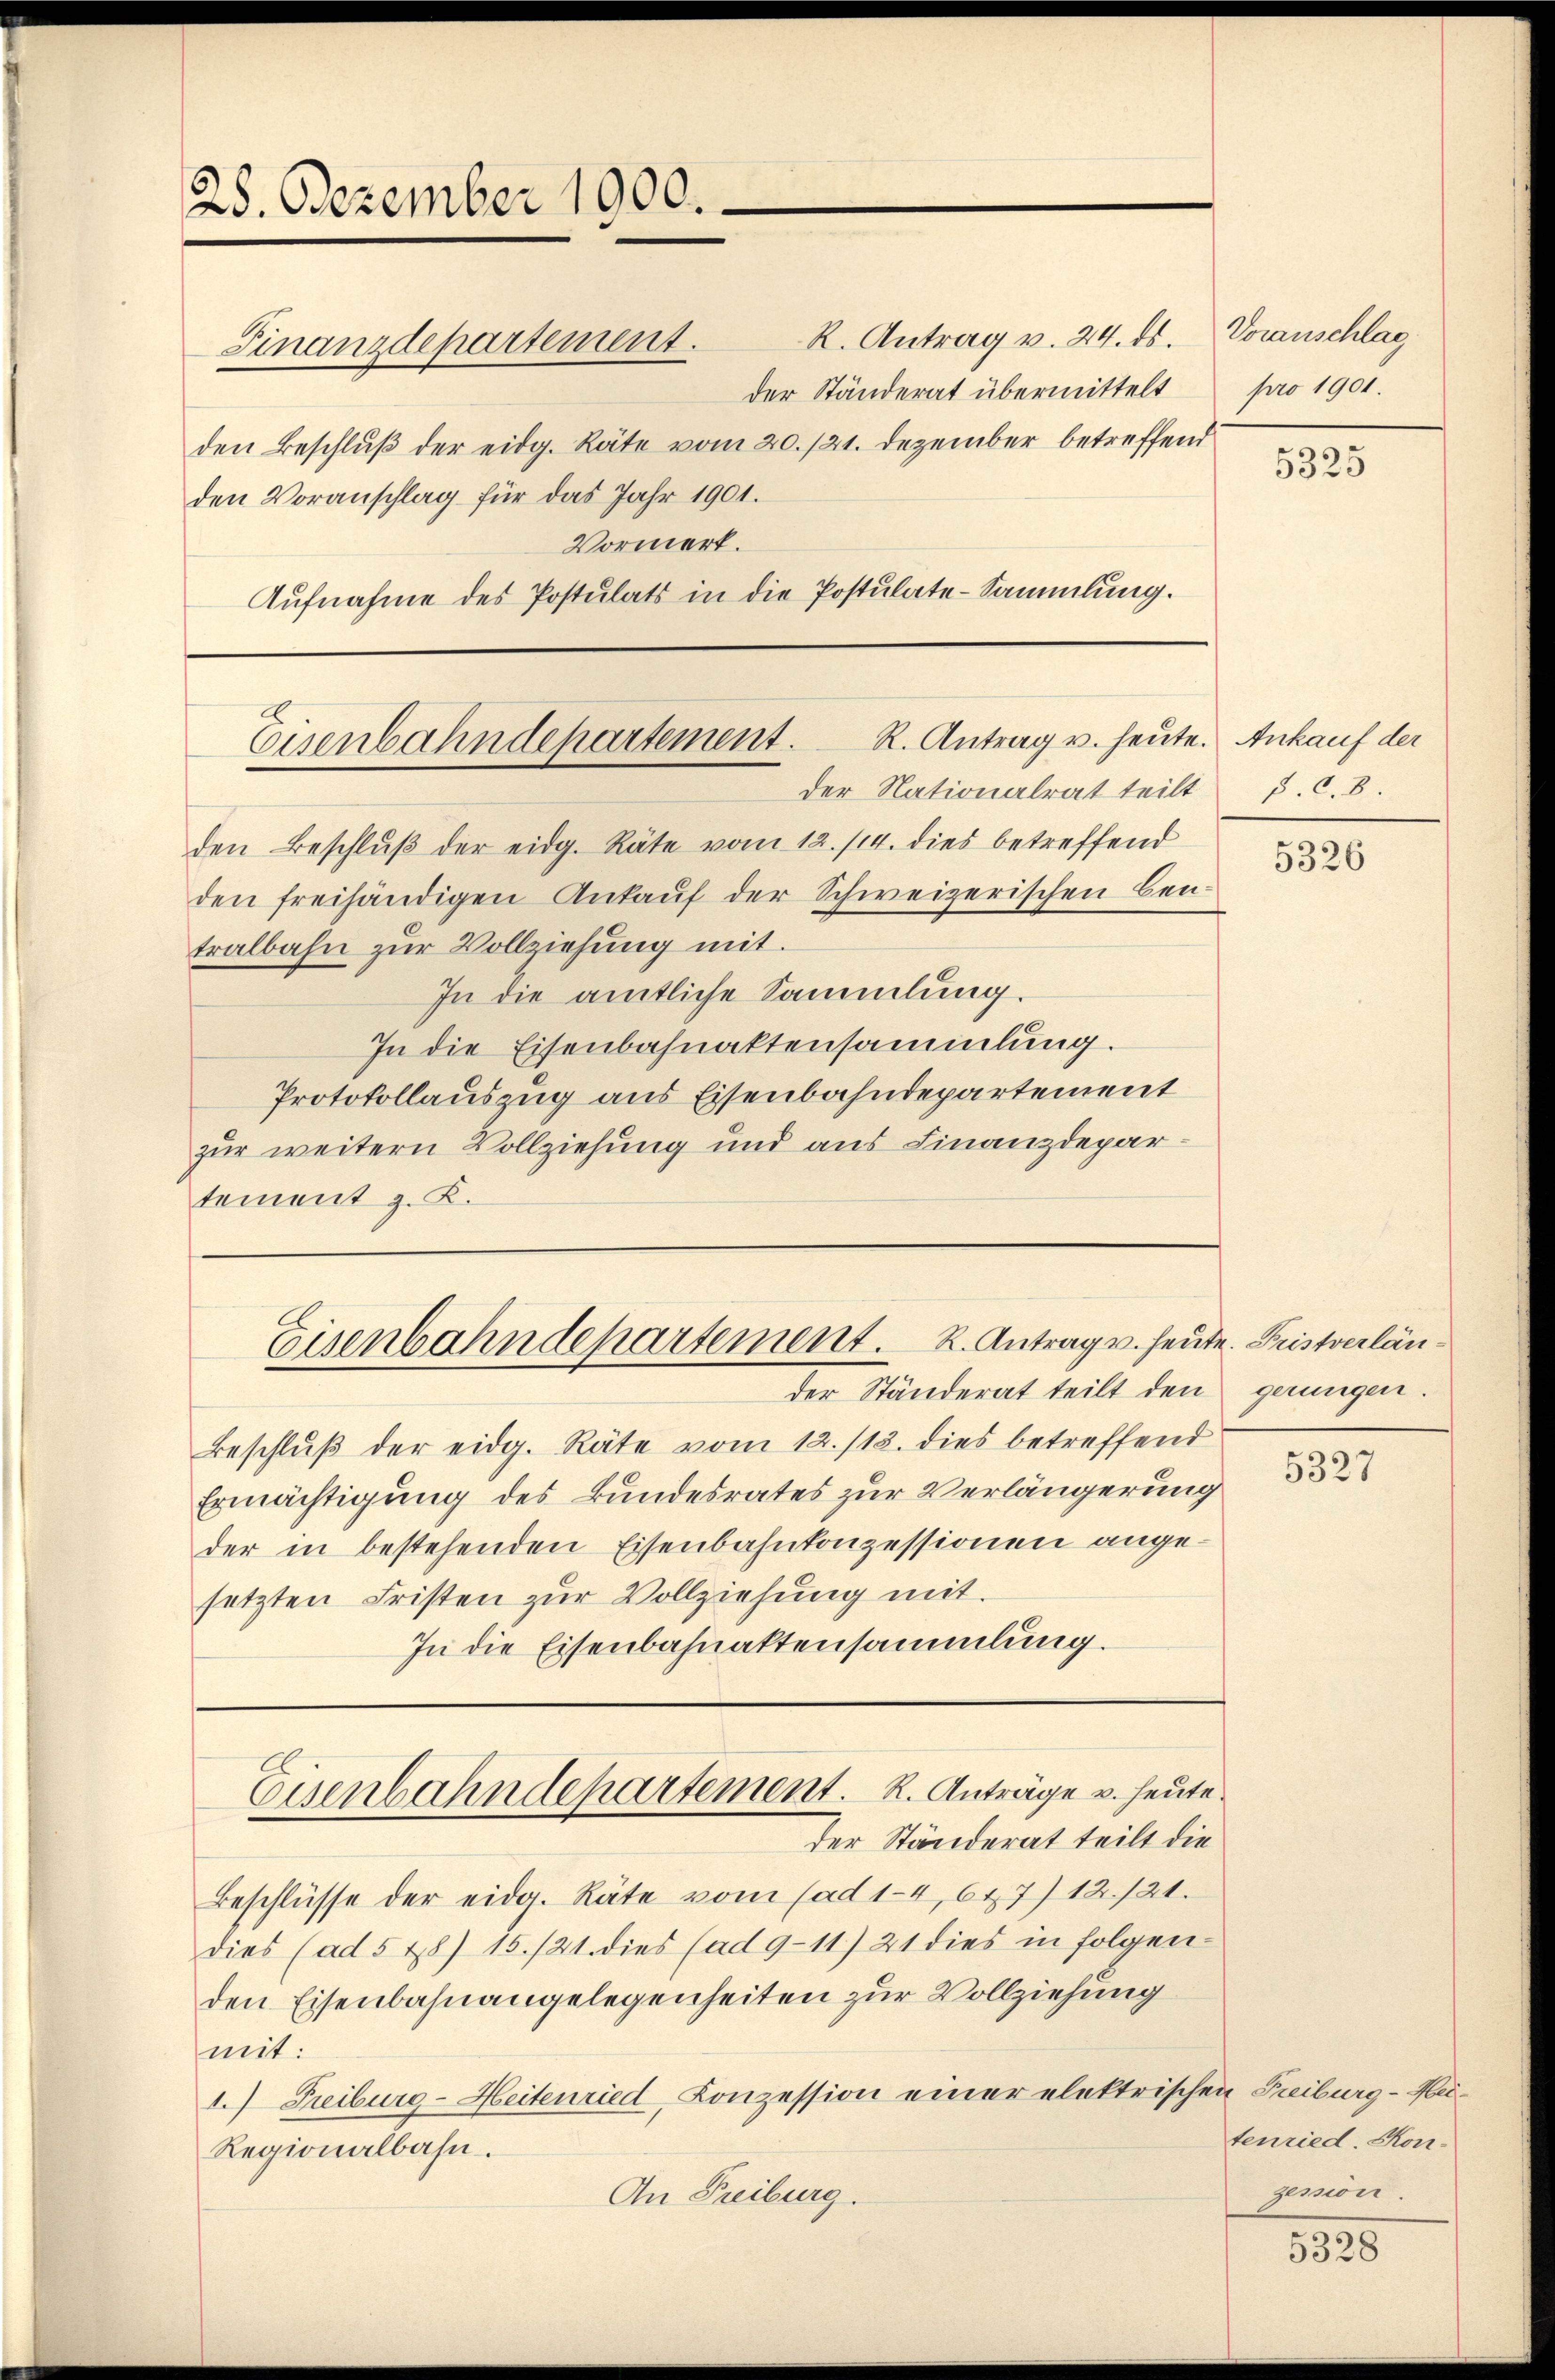
28. Dezember 1900.

R. Antrag v. 24. ds.
der Ständerat übermittelt
den Beschluß der eidg. Räte vom 20./21. Dezember betreffend
den Voranschlag für das Jahr 1901.
Vormerk.
Aufnahme des Postulats in die Postulate-Sammlung.

Finanzdepartement.

Eisenbahndepartement. R. Antrag u. heute. Ankauf der

Eisenbahndepartement. K. Antrag u. heute. Fristverlän¬

Eisenbahndepartement. R. Anträge v. heute.
der Ständerat teilt die

der Nationalrat teilt J. C.8.
den Beschlŭβ der eidg. Räte vom 12./14. dies betreffend
den freihändigen Ankauf der Schweizerischen Bentralbahn zur Vollziehung mit.
In die amtliche Sammlung.
In die Eisenbahnaktensammlung.
Protokollauszug aus Eisenbahndepartement
zur weitern Vollziehung und aus Finanzdepartement z. K.

Voranschlag.
pro 1901.

der Ständerat teilt den gerungen.
Beschluß der eidg. Räte vom 12./13. dies betreffend
Ermächtigung des Bundesrates zur Verlängerung
der in bestehenden Eisenbahnkonzessionen angesetzten Fristen zur Vollziehung mit.
In die Eisenbahnaktensammlung.

Beschlüsse der eidg. Räte vom (ad 14, 647) 12./21.
dies (ad 5 48) 15./21. dies (ad 9-11) 21 dies in folgen-
den Eisenbahnangelegenheiten zur Vollziehung
mit:
1.) Freiburg-Heitenried, Konzession einer elektrischen Freiburg-Hei¬
Regionalbahn.
An Freiburg.

5325

5326

5327

tenried. Kongemier.

5328